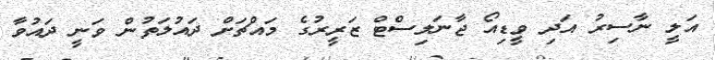
އަލީ ނާސިރު އަދި ވީޑިއޯ ޖާނަލިސްޓް ޒަރީރުގެ މައްޗަށް ދައުލަތުން ވަނީ ދައުވާ